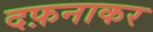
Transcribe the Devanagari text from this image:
दफ़नाकर